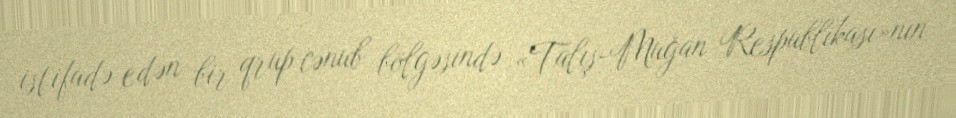
istifadə edən bir qrup cənub bölgəsində «Talış-Muğan Respublikası»nın